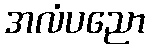
အလံပညော